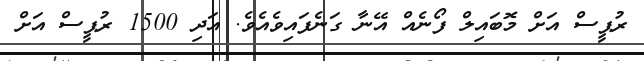
ރުޕީސް އަށް މޮބައިލް ފޯނެއް އޭނާ ގަނެފައިވެއެވެ. އަދި 1500 ރުޕީސް އަށް